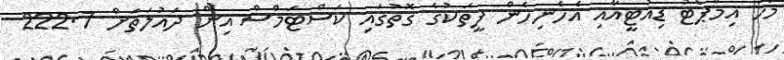
މަހު އިމްޕޯޓު ޑިއުޓީއާއި އެހެނިހެން ފީތަކުގެ ގޮތުގައި ކަސްޓަމްސް އިން ދައުލަތަށް 222.7